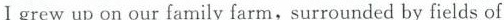
I grew up on our family farm, surrounded by fields of